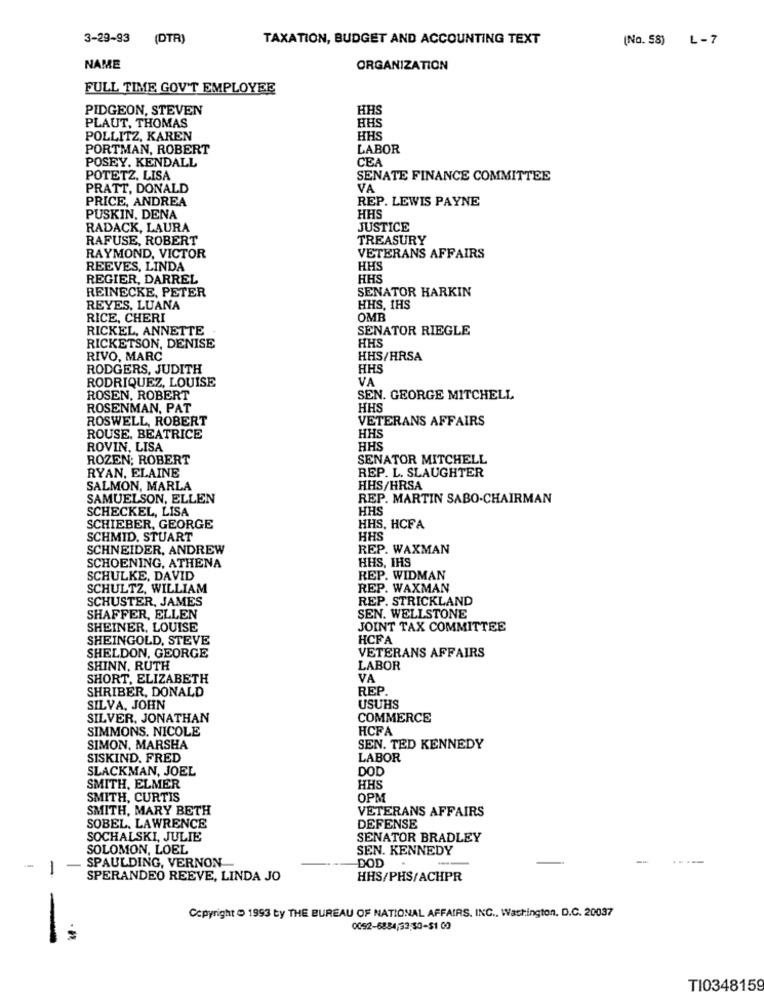
3-29-93 (DTA)
TAXATION, BUDGET AND ACCOUNTING TEXT
(No. 58) L - 7
NAME
ORGANIZATION
FULL TIME GOV'T EMPLOYEE
PIDGEON, STEVEN
HH
HHS
PLAUT, THOMAS
POLLITZ, KAREN
HHS
PORTMAN, ROBERT
LABOR
POSEY. KENDALL
CEA
POTETZ, LISA
SENATE FINANCE COMMITTEE
PRATT, DONALD
VA
PRICE, ANDREA
REP. LEWIS PAYNE
PUSKIN, DENA
HHS
RADACK, LAURA
JUSTICE
RAFUSE, ROBERT
TREASURY
RAYMOND, VICTOR
VETERANS AFFAIRS
REEVES, LINDA
HHS
REGIER, DARREL
HHS
REINECKE, PETER
SENATOR HARKIN
REYES, LUANA
HHS, IHS
RICE, CHERI
OMB
RICKEL, ANNETTE
SENATOR RIEGLE
HHS
RICKETSON, DENISE
RIVO, MARC
HHS/HRSA
RODGERS, JUDITH
HHS
RODRIQUEZ, LOUISE
VA
ROSEN, ROBERT
SEN. GEORGE MITCHELL
ROSENMAN, PAT
HHS
ROSWELL, ROBERT
VETERANS AFFAIRS
ROUSE, BEATRICE
HHS
ROVIN, LISA
HHS
ROZEN; ROBERT
SENATOR MITCHELL
RYAN, ELAINE
REP. L. SLAUGHTER
SALMON, MARLA
HHS/HRSA
SAMUELSON, ELLEN
REP. MARTIN SABO-CHAIRMAN
SCHECKEL, LISA
HHS
SCHIEBER, GEORGE
HHS, HCFA
SCHMID. STUART
HHS
SCHNEIDER, ANDREW
REP. WAXMAN
SCHOENING, ATHENA
HHS, IHS
SCHULKE, DAVID
REP. WIDMAN
SCHULTZ, WILLIAM
REP. WAXMAN
SCHUSTER, JAMES
REP. STRICKLAND
SHAFFER, ELLEN
SEN. WELLSTONE
SHEINER, LOUISE
JOINT TAX COMMITTEE
SHEINGOLD, STEVE
HCFA
VETERANS AFFAIRS
SHELDON, GEORGE
SHINN, RUTH
LABOR
SHORT, ELIZABETH
VA
SHRIBER, DONALD
REP
SILVA, JOHN
USUHS
SILVER, JONATHAN
COMMERCE
SIMMONS, NICOLE
HCFA
SIMON, MARSHA
SEN. TED KENNEDY
SISKIND. FRED
LABOR
SLACKMAN, JOEL
DOD
SMITH, ELMER
HHS
SMITH, CURTIS
OPM
SMITH, MARY BETH
VETERANS AFFAIRS
SOBEL. LAWRENCE
DEFENSE
SOCHALSKI, JULIE
SENATOR BRADLEY
SOLOMON, LOEL
SEN. KENNEDY
SPAULDING, VERNON-
-
DOD
SPERANDEO REEVE, LINDA JO
HHS/PHS/ACHPR
Copyright 1993 by THE BUREAU OF NATIONAL AFFAIRS. INC ., Washington, D.C. 20037
0092-6834,53,50-$1 00
TI0348159